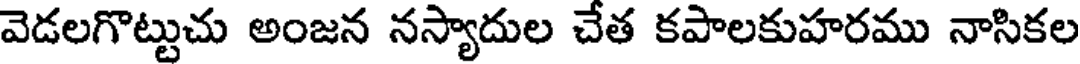
వెడలగొట్టుచు అంజన నస్యాదుల చేత కపాలకుహరము నాసికల